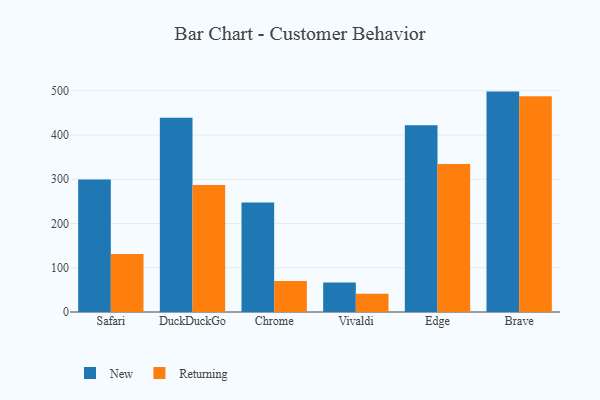
{"axis": {"x": "Browser", "y": "Inventory Turnover"}, "legend": ["New", "Returning"], "data": [{"x": "Safari", "y": 299.4, "type": "New"}, {"x": "Safari", "y": 131.2, "type": "Returning"}, {"x": "DuckDuckGo", "y": 439.1, "type": "New"}, {"x": "DuckDuckGo", "y": 286.8, "type": "Returning"}, {"x": "Chrome", "y": 247.5, "type": "New"}, {"x": "Chrome", "y": 69.9, "type": "Returning"}, {"x": "Vivaldi", "y": 66.4, "type": "New"}, {"x": "Vivaldi", "y": 41.0, "type": "Returning"}, {"x": "Edge", "y": 422.1, "type": "New"}, {"x": "Edge", "y": 334.5, "type": "Returning"}, {"x": "Brave", "y": 498.1, "type": "New"}, {"x": "Brave", "y": 487.5, "type": "Returning"}]}